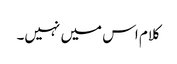
کلام اس میں نہیں۔